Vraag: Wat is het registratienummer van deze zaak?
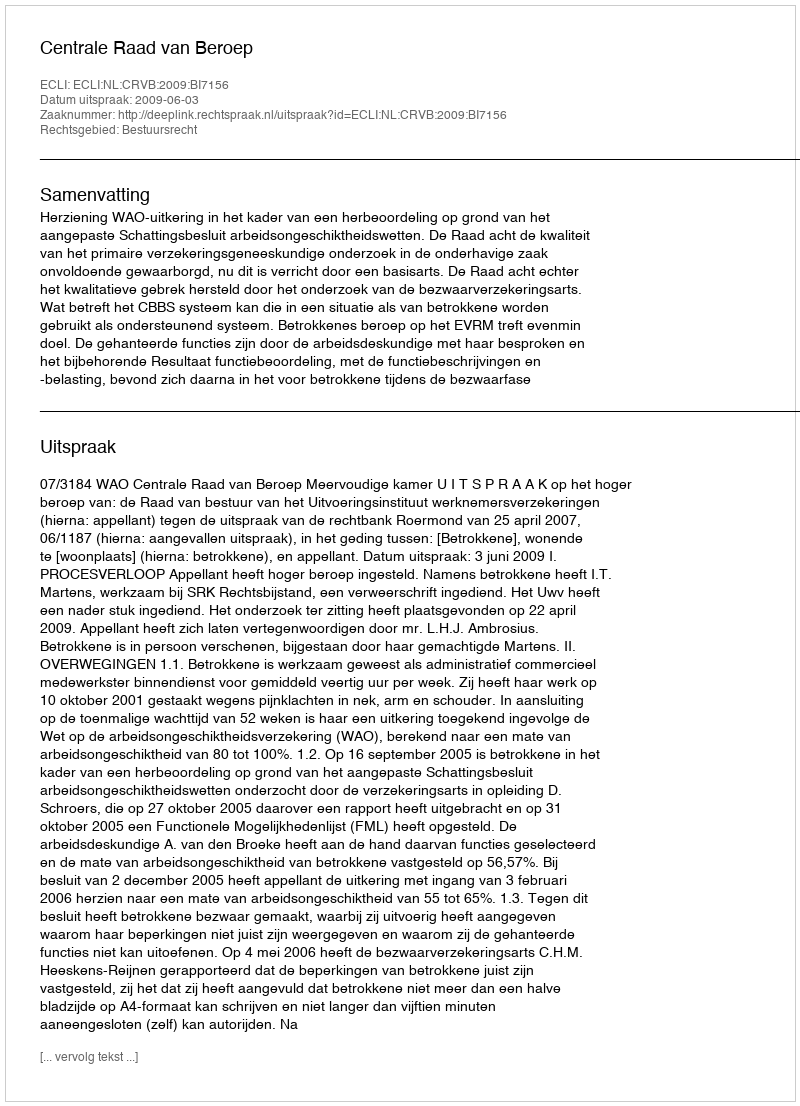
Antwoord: http://deeplink.rechtspraak.nl/uitspraak?id=ECLI:NL:CRVB:2009:BI7156